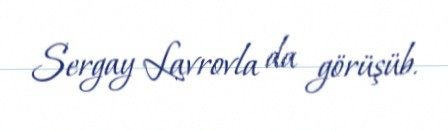
Sergay Lavrovla da görüşüb.